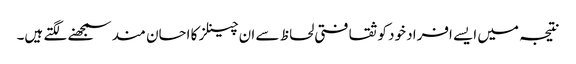
نتیجہ میں ایسے افراد خود کو ثقافتی لحاظ سے ان چینلز کا احسان مند سمجھنے لگتے ہیں۔